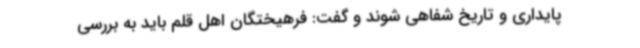
پایداری و تاریخ شفاهی شوند و گفت: فرهیختگان اهل قلم باید به بررسی